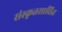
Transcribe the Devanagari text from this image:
संस्कृतसाधित